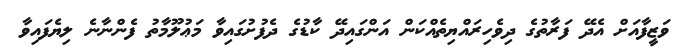
ވަޒީފާއަށް އެދޭ ފަރާތުގެ ދިވެހިރައްޔިތެއްކަން އަންގައިދޭ ކާޑުގެ ދެފުށުގައިވާ މަޢުލޫމާތު ފެންނާނެ ލިޔެފައިވާ